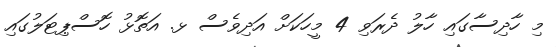
މި ހާދިސާގައި ހާލު ދެރަވި 4 މީހަކަށް އަދިވެސް ޅ. އަތޮޅު ހޮސްޕިޓަލުގައި